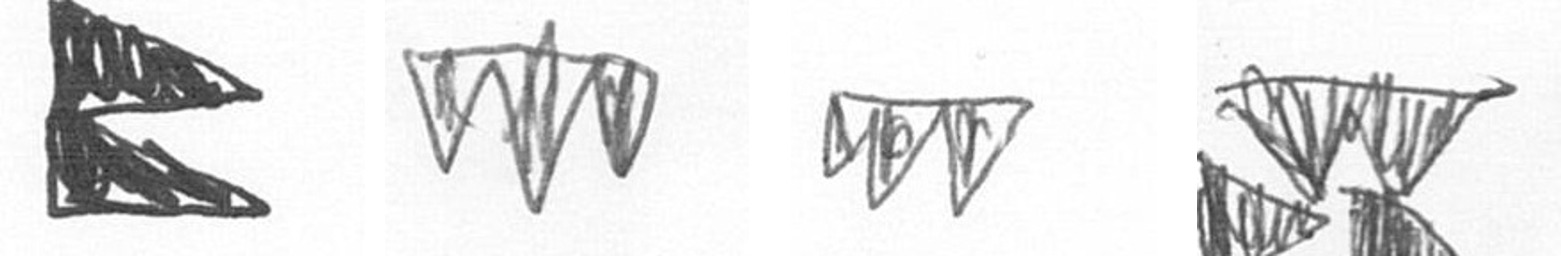
P L L B